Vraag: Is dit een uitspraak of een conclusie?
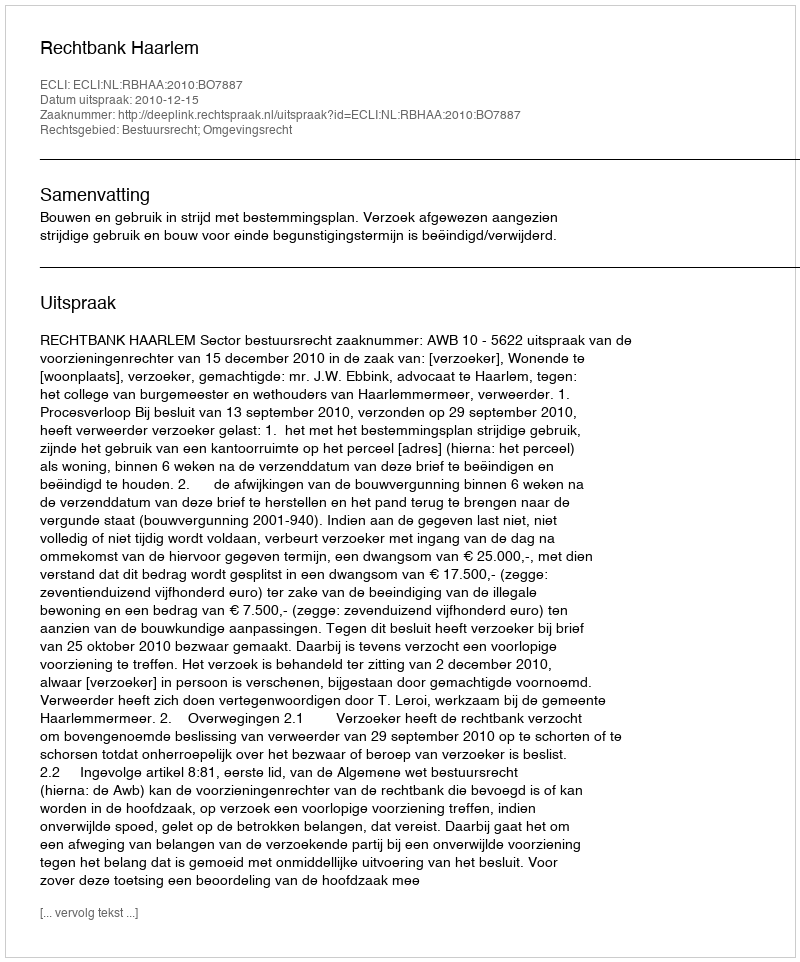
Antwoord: Uitspraak